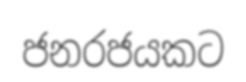
ජනරජයකට